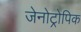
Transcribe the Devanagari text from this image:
जेनोट्रोपिक